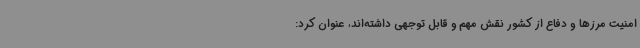
امنیت مرزها و دفاع از کشور نقش مهم و قابل توجهی داشته‌اند، عنوان کرد: